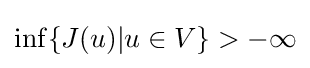
\inf\{J(u)|u\in V\}>-\infty